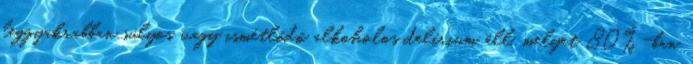
leggyakrabban súlyos vagy ismétlődő alkoholos delírium áll, melyet 80%-ban